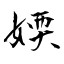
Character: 媆